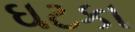
ઘટકા